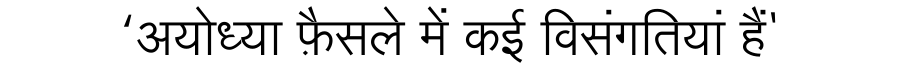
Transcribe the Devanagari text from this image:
‘अयोध्या फ़ैसले में कई विसंगतियां हैं'